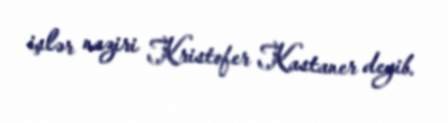
işlər naziri Kristofer Kastaner deyib.